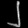
Digit: ၂